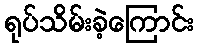
ရုပ်သိမ်းခဲ့ကြောင်း